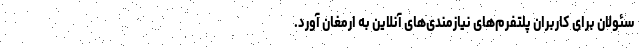
سئولان برای کاربران پلتفرم‌های نیازمندی‌های آنلاین به ارمغان آورد.